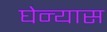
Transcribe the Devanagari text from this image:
घेन्यास